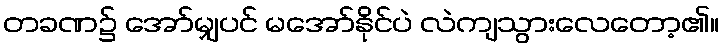
တခဏ၌ အော်မျှပင် မအော်နိုင်ပဲ လဲကျသွားလေတော့၏။